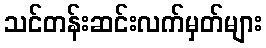
သင်တန်းဆင်းလက်မှတ်များ